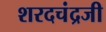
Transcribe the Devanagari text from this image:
शरदचंद्रजी